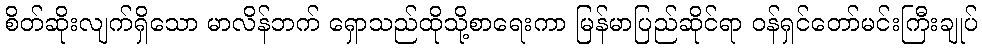
စိတ်ဆိုးလျက်ရှိသော မာလိန်ဘက် ရှောသည်ထိုသို့စာရေးကာ မြန်မာပြည်ဆိုင်ရာ ဝန်ရှင်တော်မင်းကြီးချုပ်